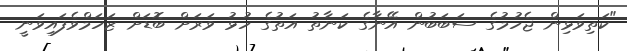
"ކަތިވަޅިން ޖެހުމުގެ ސަބަބުން އޭނާގެ ކަނާތު އަތުގެ ހުޅު ވަރަށް ބޮޑަށް ޒަހަމްވެފައިވަނީ